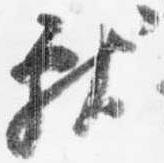
献